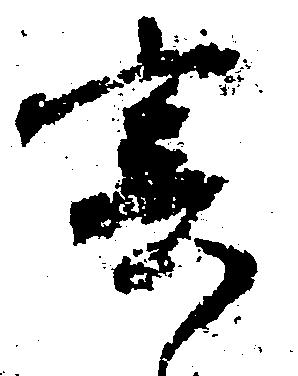
寄